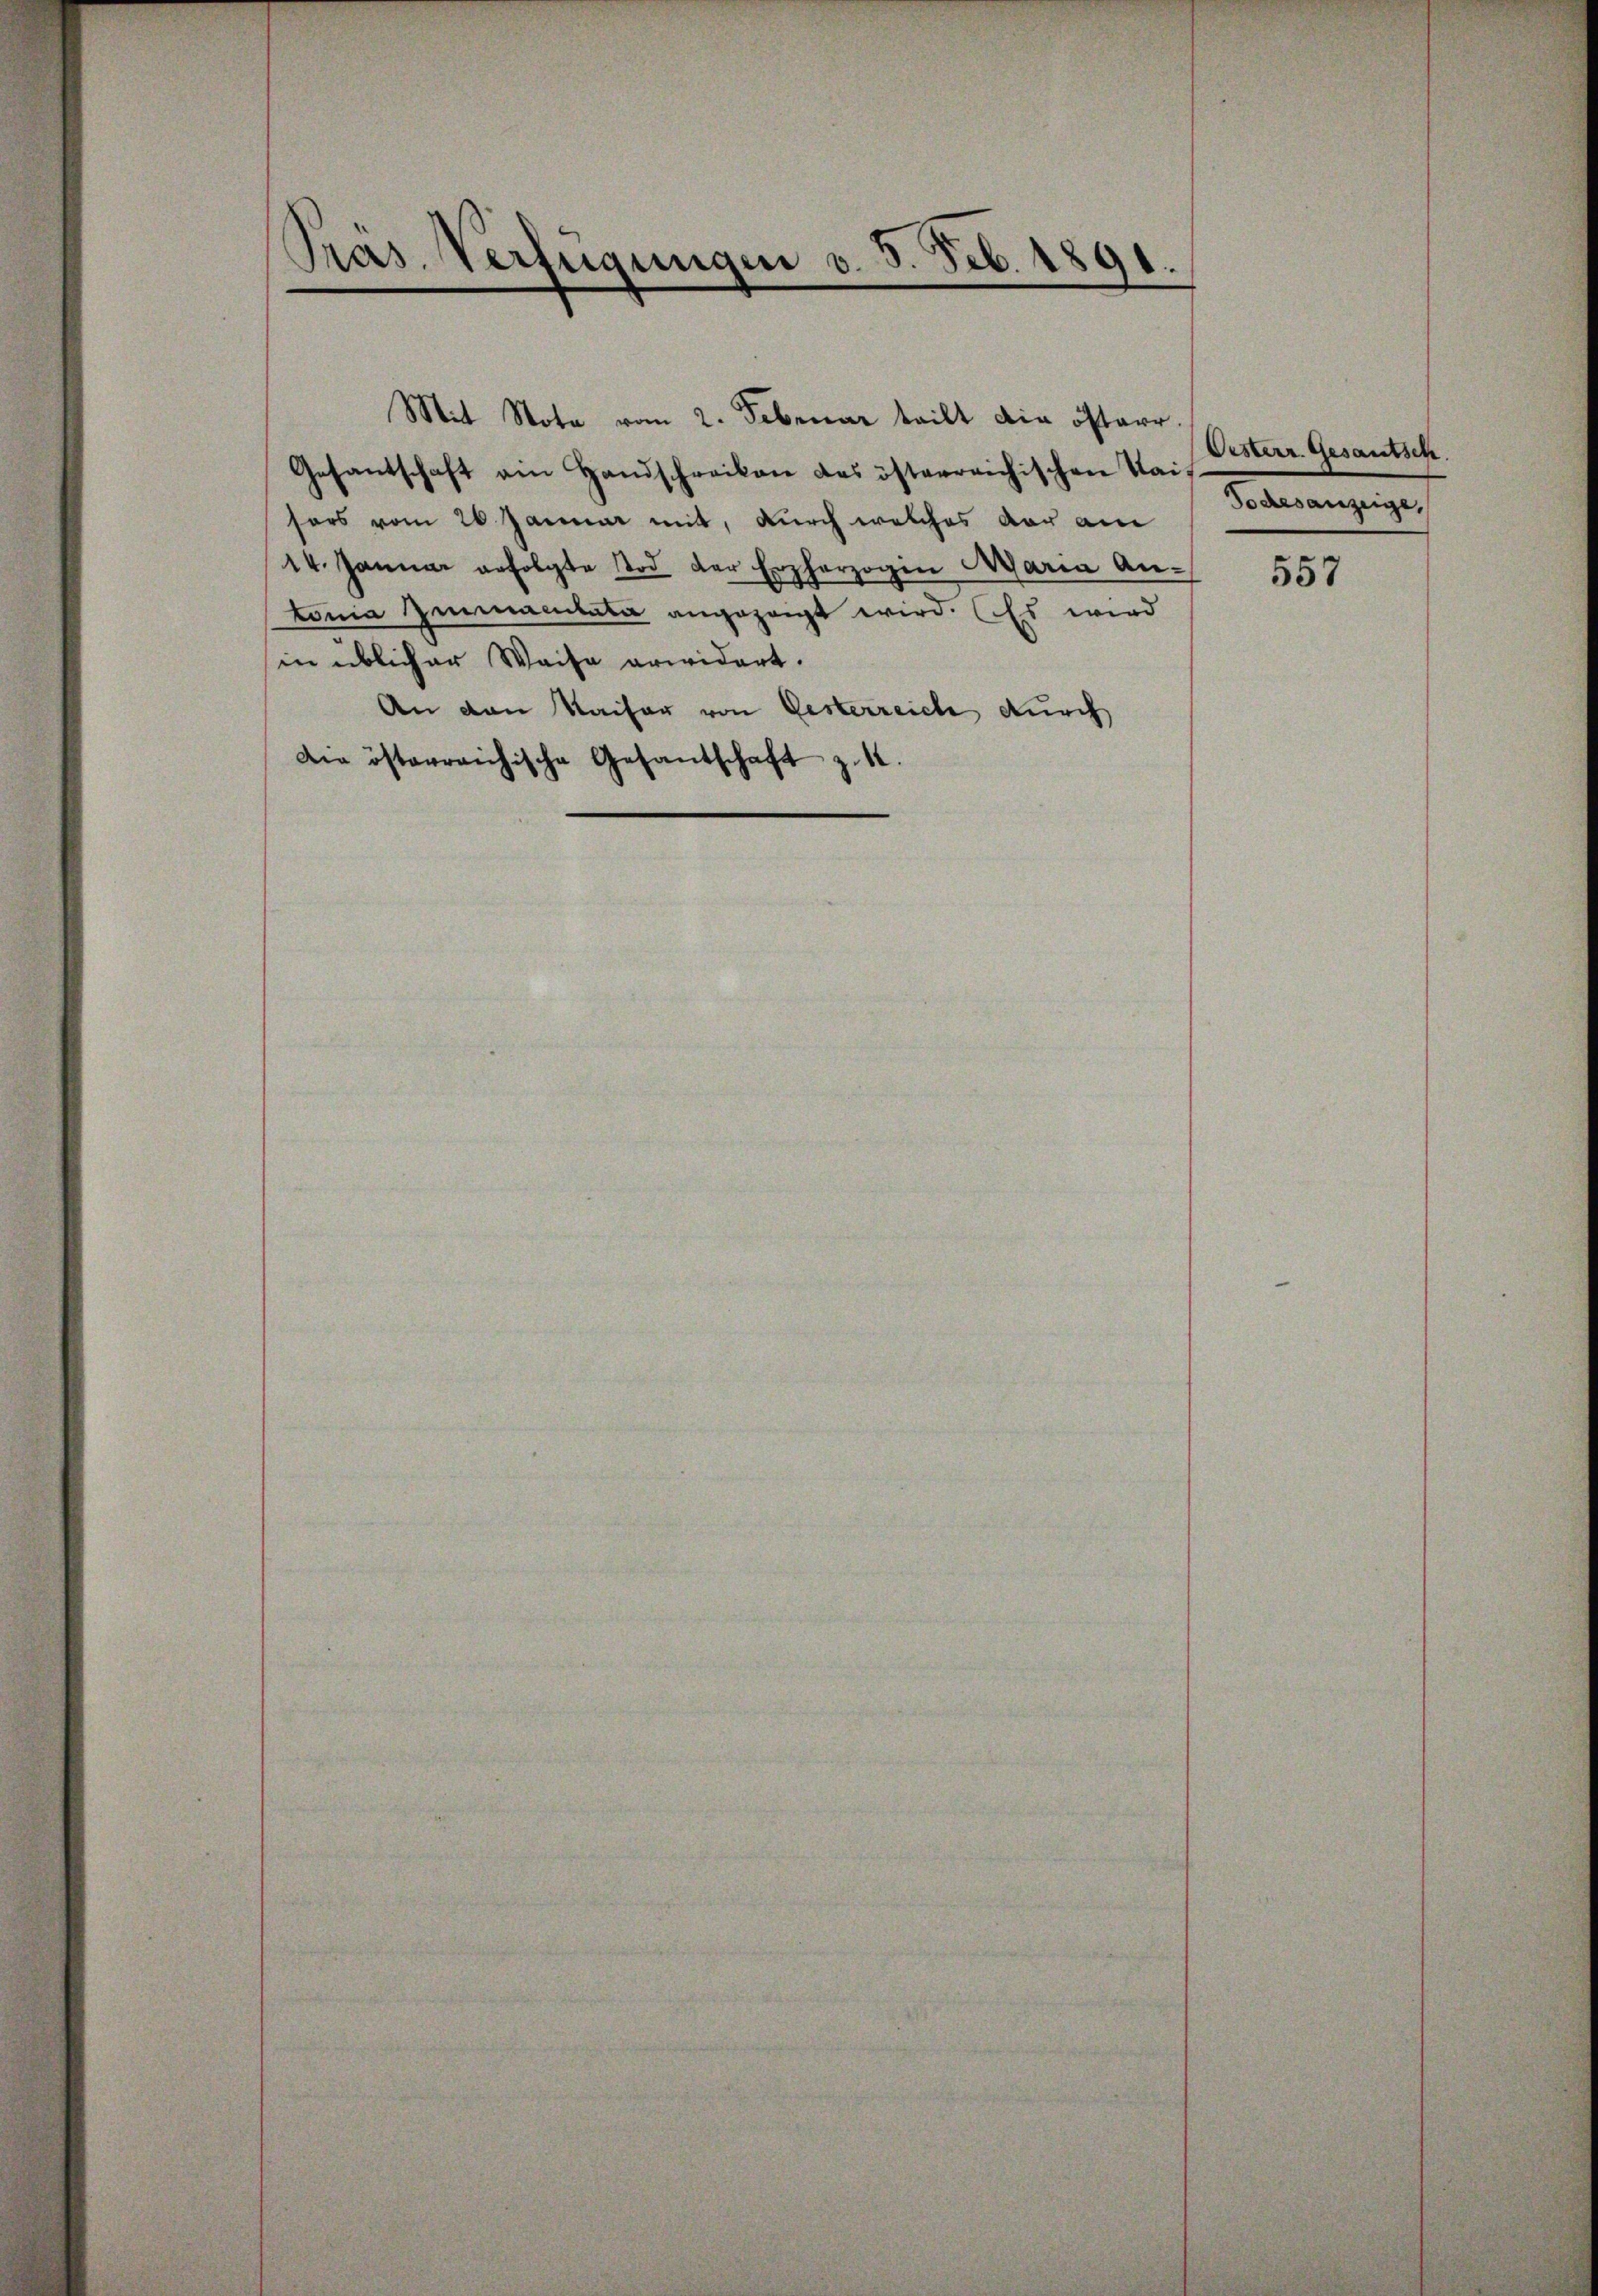
Präs. Verfügungen v. 5. Feb. 1891.
.

Gesantschaft ain Handschreiben des österreichischen Kai-
sers vom 26. Januar mit, durch welches der am Barsanzeige,
14. Januar erfolgte Tod der Erzherzogen Maria An-
tonia zumacitata angezeigt wird. (Es wird
in üblicher Waise erwidert.
An den Kaiser von Gesterreich durch
Die österreichische Gesandschaft z. B.

Mit Note vom 2. Februar teilt die österr.

Oesterr Gesantsch

557